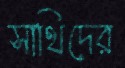
সাথিদের